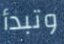
وتبدأ